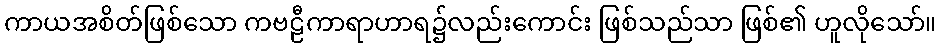
ကာယအစိတ်ဖြစ်သော ကဗဠီကာရာဟာရ၌လည်းကောင်း ဖြစ်သည်သာ ဖြစ်၏ ဟူလိုသော်။